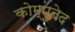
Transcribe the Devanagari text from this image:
कोम्पुतेद